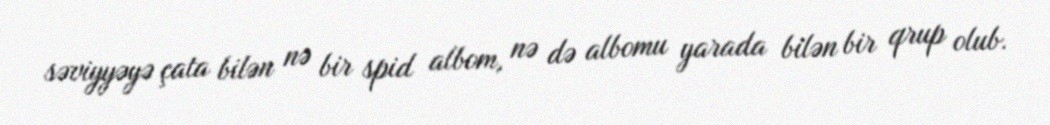
səviyyəyə çata bilən nə bir spid albom, nə də albomu yarada bilən bir qrup olub.